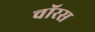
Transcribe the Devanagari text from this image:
चॉरस